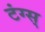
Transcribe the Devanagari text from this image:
टंग्स्